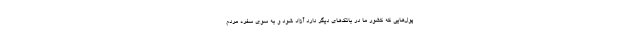
پول‌هایی که کشور ما در بانک‌های دیگر دارد آزاد شود و به سوی سفره مردم